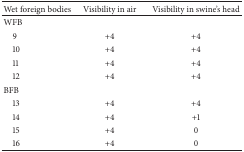
| Wet foreign bodies | Visibility in air | Visibility in swine's head |
 | --- | --- | --- |
 | WFB |  |  |
 | 9 | +4 | +4 |
 | 10 | +4 | +4 |
 | 11 | +4 | +4 |
 | 12 | +4 | +4 |
 | BFB |  |  |
 | 13 | +4 | +4 |
 | 14 | +4 | +1 |
 | 15 | +4 | 0 |
 | 16 | +4 | 0 |